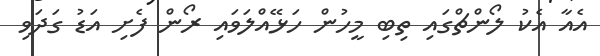
އެއާ އެކު ލޯންޗްގައި ތިބި މީހުން ހަޅޭއްލަވައި ރޯން ފެށި އަޑު ގަދަވި